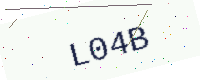
Text: L04B